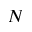
N